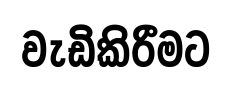
වැඩිකිරීමට